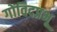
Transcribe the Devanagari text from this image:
गोंविदप्रभू